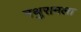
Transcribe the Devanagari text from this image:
नथुरामला